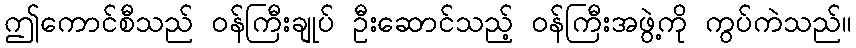
ဤကောင်စီသည် ဝန်ကြီးချုပ် ဦးဆောင်သည့် ဝန်ကြီးအဖွဲ့ကို ကွပ်ကဲသည်။